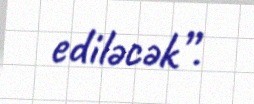
ediləcək”.